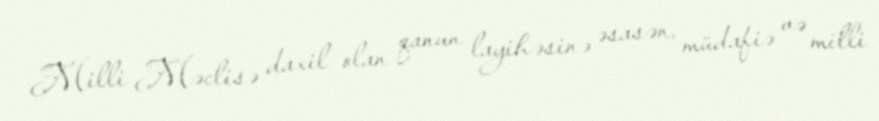
Milli Məclisə daxil olan qanun layihəsinə əsasən, müdafiə və milli